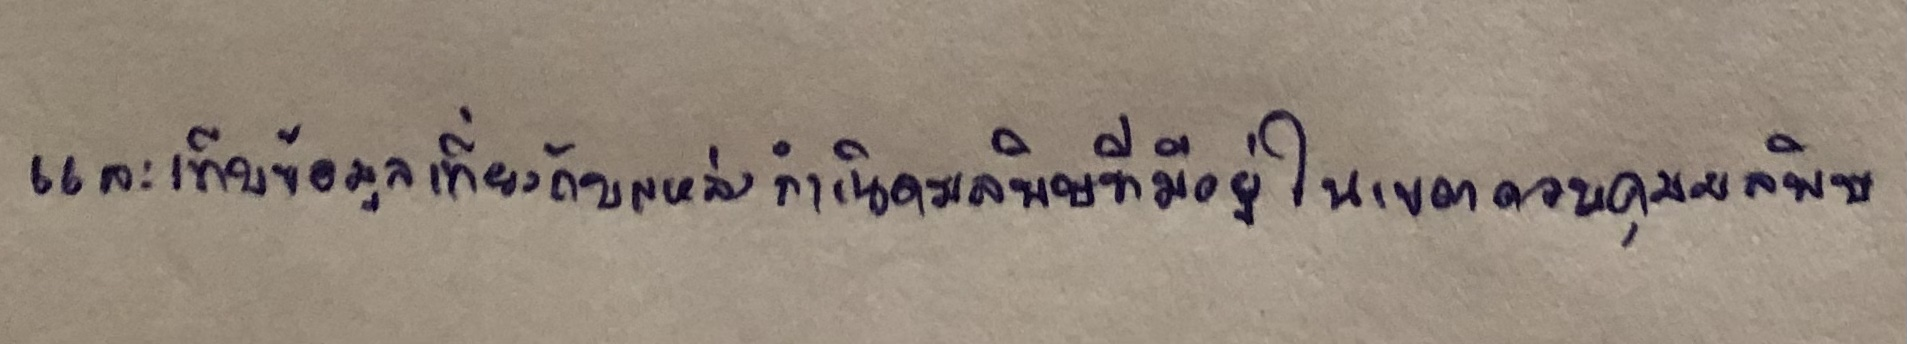
และเก็บข้อมูลเกี่ยวกับแหล่งกำเนิดมลพิษที่มีอยู่ในเขตควบคุมมลพิษ